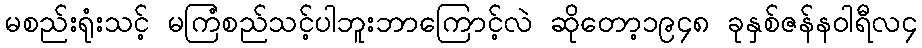
မစည်းရုံးသင့် မကြံစည်သင့်ပါဘူးဘာကြောင့်လဲ ဆိုတော့၁၉၄၈ ခုနှစ်ဇန်နဝါရီလ၄